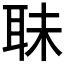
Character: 𦕜